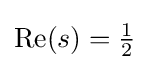
\operatorname {Re} (s)={\tfrac {1}{2}}